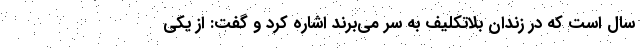
سال است که در زندان بلاتکلیف به سر می‌برند اشاره کرد و گفت: از یکی